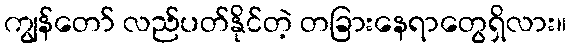
ကျွန်တော် လည်ပတ်နိုင်တဲ့ တခြားနေရာတွေရှိလား။